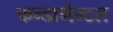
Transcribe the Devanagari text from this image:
फन्डामेन्टल